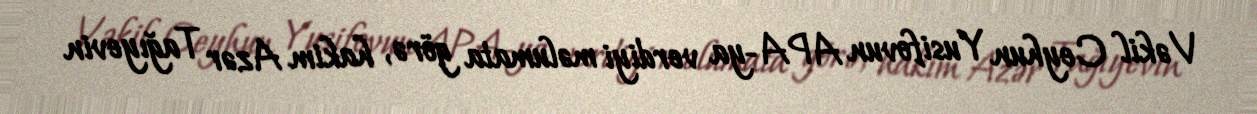
Vəkil Ceyhun Yusifovun APA-ya verdiyi məlumata görə, hakim Azər Tağıyevin